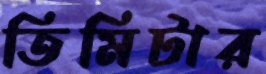
তিমিটার